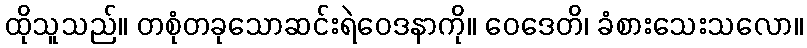
ထိုသူသည်။ တစုံတခုသောဆင်းရဲဝေဒနာကို။ ဝေဒေတိ၊ ခံစားသေးသလော။